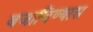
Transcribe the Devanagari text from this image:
बजाविण्यास